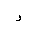
Letter: _dal